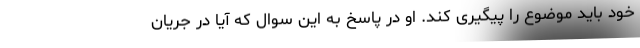
خود باید موضوع را پیگیری کند. او در پاسخ به این سوال که آیا در جریان